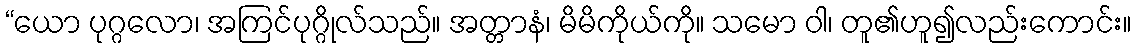
“ယော ပုဂ္ဂလော၊ အကြင်ပုဂ္ဂိုလ်သည်။ အတ္တာနံ၊ မိမိကိုယ်ကို။ သမော ဝါ၊ တူ၏ဟူ၍လည်းကောင်း။